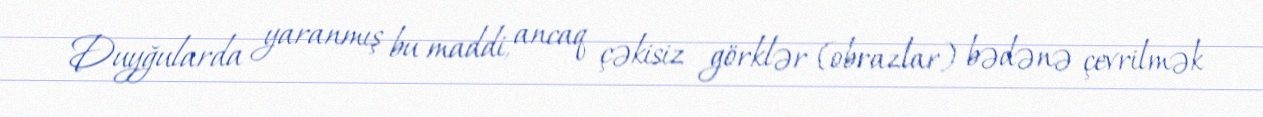
Duyğularda yaranmış bu maddi, ancaq çəkisiz görklər (obrazlar) bədənə çevrilmək